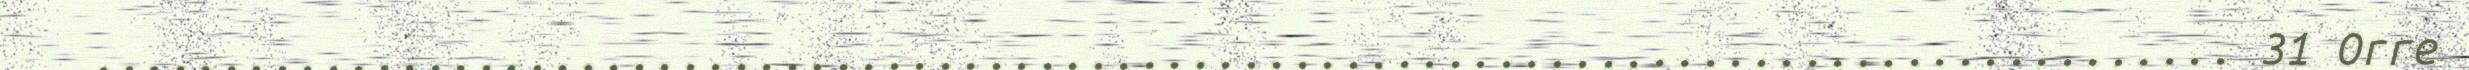
.................................................................................... 31 Orre